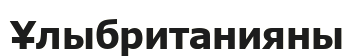
Ұлыбританияны